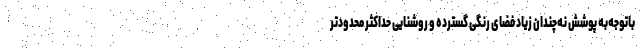
باتوجه‌به پوشش نه‌چندان زیاد فضای رنگی گسترده و روشنایی حداکثر محدودتر